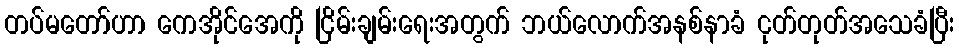
တပ်မတော်ဟာ ကေအိုင်အေကို ငြိမ်းချမ်းရေးအတွက် ဘယ်လောက်အနစ်နာခံ ငုတ်တုတ်အသေခံပြီး